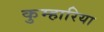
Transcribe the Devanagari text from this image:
कुम्हारिया